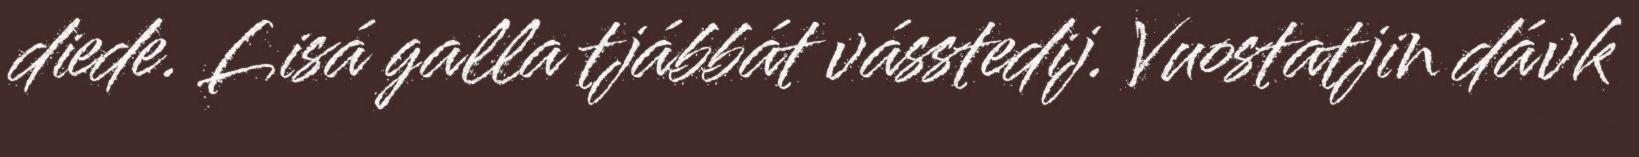
diede. Lisá galla tjábbát vásstedij. Vuostatjin dávk